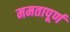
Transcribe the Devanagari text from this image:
ममतापूर्ण